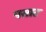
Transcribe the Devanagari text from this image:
पसाट